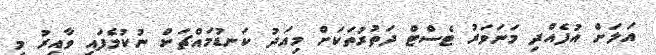
އަލަށް އުފެއްދި މަނަވަރު ޓެސްޓް ދަތުރުތަކަށް މިއަދު ކަނޑުމައްޗަށް ނުކުމެފައި ވާއިރު މި